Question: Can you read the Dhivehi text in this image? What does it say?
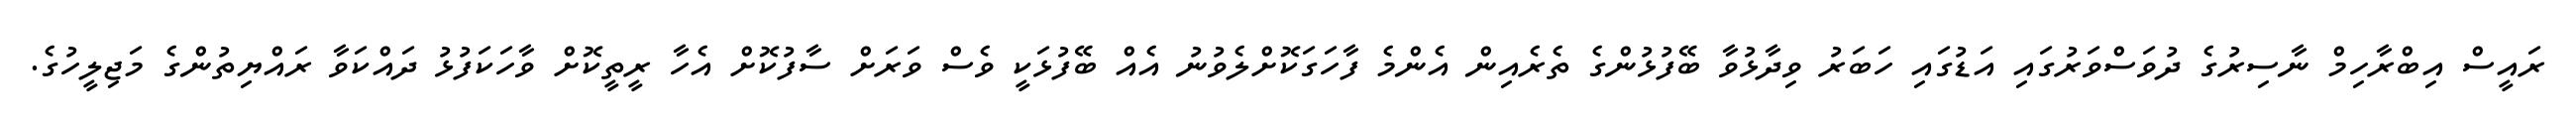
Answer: ރައީސް އިބްރާހިމް ނާސިރުގެ ދުވަސްވަރުގައި އަޑުގައި ހަބަރު ވިދާޅުވާ ބޭފުޅުންގެ ތެރެއިން އެންމެ ފާހަގަކޮށްލެވުނު އެއް ބޭފުޅަކީ ވެސް ވަރަށް ސާފުކޮށް އެހާ ރީތީކޮށް ވާހަކަފުޅު ދައްކަވާ ރައްޔިތުންގެ މަޖިލީހުގެ.